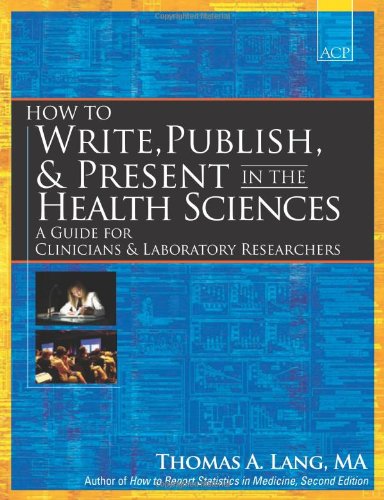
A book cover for How to Write, Publish, and Present in the Health Sciences: A Guide for Physicians and Laboratory Researchers; Thomas A. Lang; Medical Books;